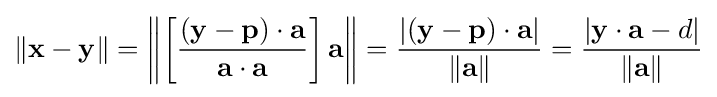
\left\|\mathbf {x} -\mathbf {y} \right\|=\left\|\left[{\dfrac {(\mathbf {y} -\mathbf {p} )\cdot \mathbf {a} }{\mathbf {a} \cdot \mathbf {a} }}\right]\mathbf {a} \right\|={\dfrac {\left|(\mathbf {y} -\mathbf {p} )\cdot \mathbf {a} \right|}{\left\|\mathbf {a} \right\|}}={\dfrac {\left|\mathbf {y} \cdot \mathbf {a} -d\right|}{\left\|\mathbf {a} \right\|}}